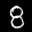
Label: 8